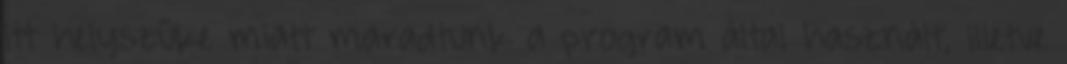
itt helyszûke miatt maradtunk a program által használt, illetve